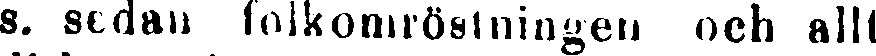
s. sedan folkomröstningen och allt